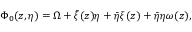
\Phi _ { 0 } ( z , \eta ) = \Omega + \bar { \xi } ( z ) \eta + \bar { \eta } \xi ( z ) + \bar { \eta } \eta \omega ( z ) ,